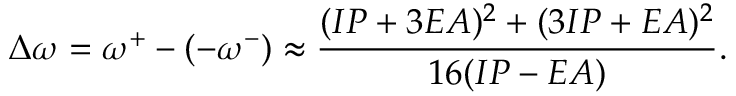
\Delta \omega = \omega ^ { + } - ( - \omega ^ { - } ) \approx \frac { ( I P + 3 E A ) ^ { 2 } + ( 3 I P + E A ) ^ { 2 } } { 1 6 ( I P - E A ) } .